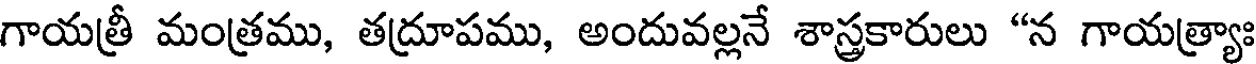
గాయత్రీ మంత్రము, తద్రూపము, అందువల్లనే శాస్త్రకారులు "న గాయత్ర్యాః